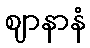
ဈာနာနံ